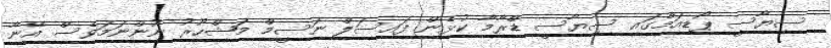
ސިޔާސީ ޕޯޑިއަމްގައި ސިޔާސީ ޑްރާމާ ކުޅެން ފައިސަލް ނަސީމް މަޝްހޫރު ނޫންނަމަވެސް އޭނާ